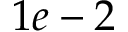
1 e - 2